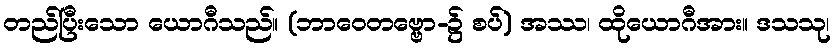
တည်ပြီးသော ယောဂီသည်။ (ဘာဝေတဗ္ဗော-၌ စပ်) အဿ၊ ထိုယောဂီအား။ ဒသသု၊